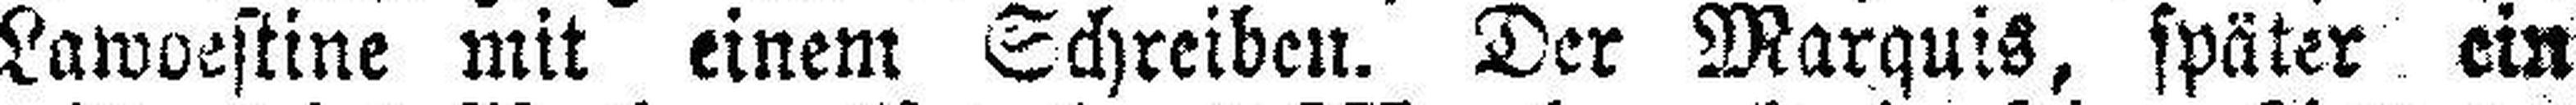
Lawoestine mit einem Schreiben. Der Marquis, später ein